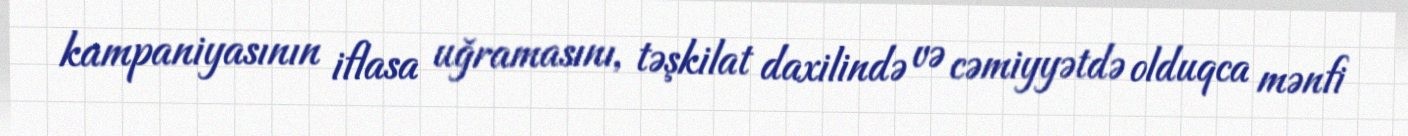
kampaniyasının iflasa uğramasını, təşkilat daxilində və cəmiyyətdə olduqca mənfi